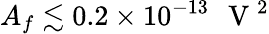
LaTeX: {A_{f}\lesssim 0.2\times 10^{-13}\mathrm{~\, ~V~}^{2}}